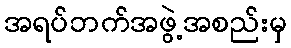
အရပ်ဘက်အဖွဲ့အစည်းမှ